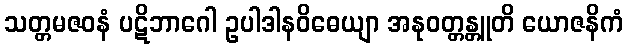
သတ္တမဇဝနံ ပဋိဘာဂေါ ဥပါဒါနဝိဓေယျာ အနုဝတ္တန္တူတိ ယောဇနိကံ